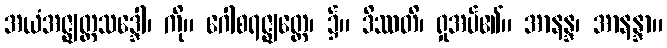
အယံအဇ္ဈတ္တသဒ္ဒေါ၊ ကို။ ဂေါစရဇ္ဈတ္တေ၊ ၌။ ဒိဿတိ၊ ရှုအပ်၏။ အာနန္ဒ၊ အာနန္ဒာ။